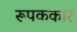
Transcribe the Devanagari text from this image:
रूपककार